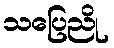
သပြေညို